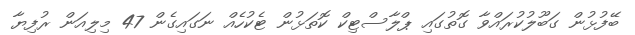
ބޭފުޅުން ގަބޫލުކުރައްވާ ގޮތުގައި ޕްލާސްޓިކް ކޮތަޅުން ޓެކުހެއް ނަގައިގެން 47 މިލިއަން ރުފިޔާ